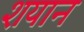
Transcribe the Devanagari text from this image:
शयान